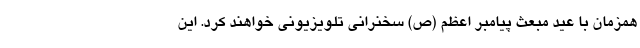
همزمان با عید مبعث پیامبر اعظم (ص) سخنرانی تلویزیونی خواهند کرد. این